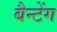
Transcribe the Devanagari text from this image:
बैन्टेंग